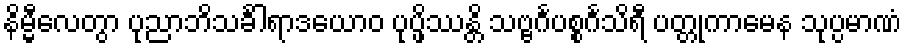
နိမ္မီလေတွာ ပုညာဘိသင်္ခါရာဒယောဝ ပုပ္ဖိဿန္တိ သဗ္ဗင်္ဂပစ္စင်္ဂသိရီ ပတ္တုကာမေန သုပ္ပမာဏံ